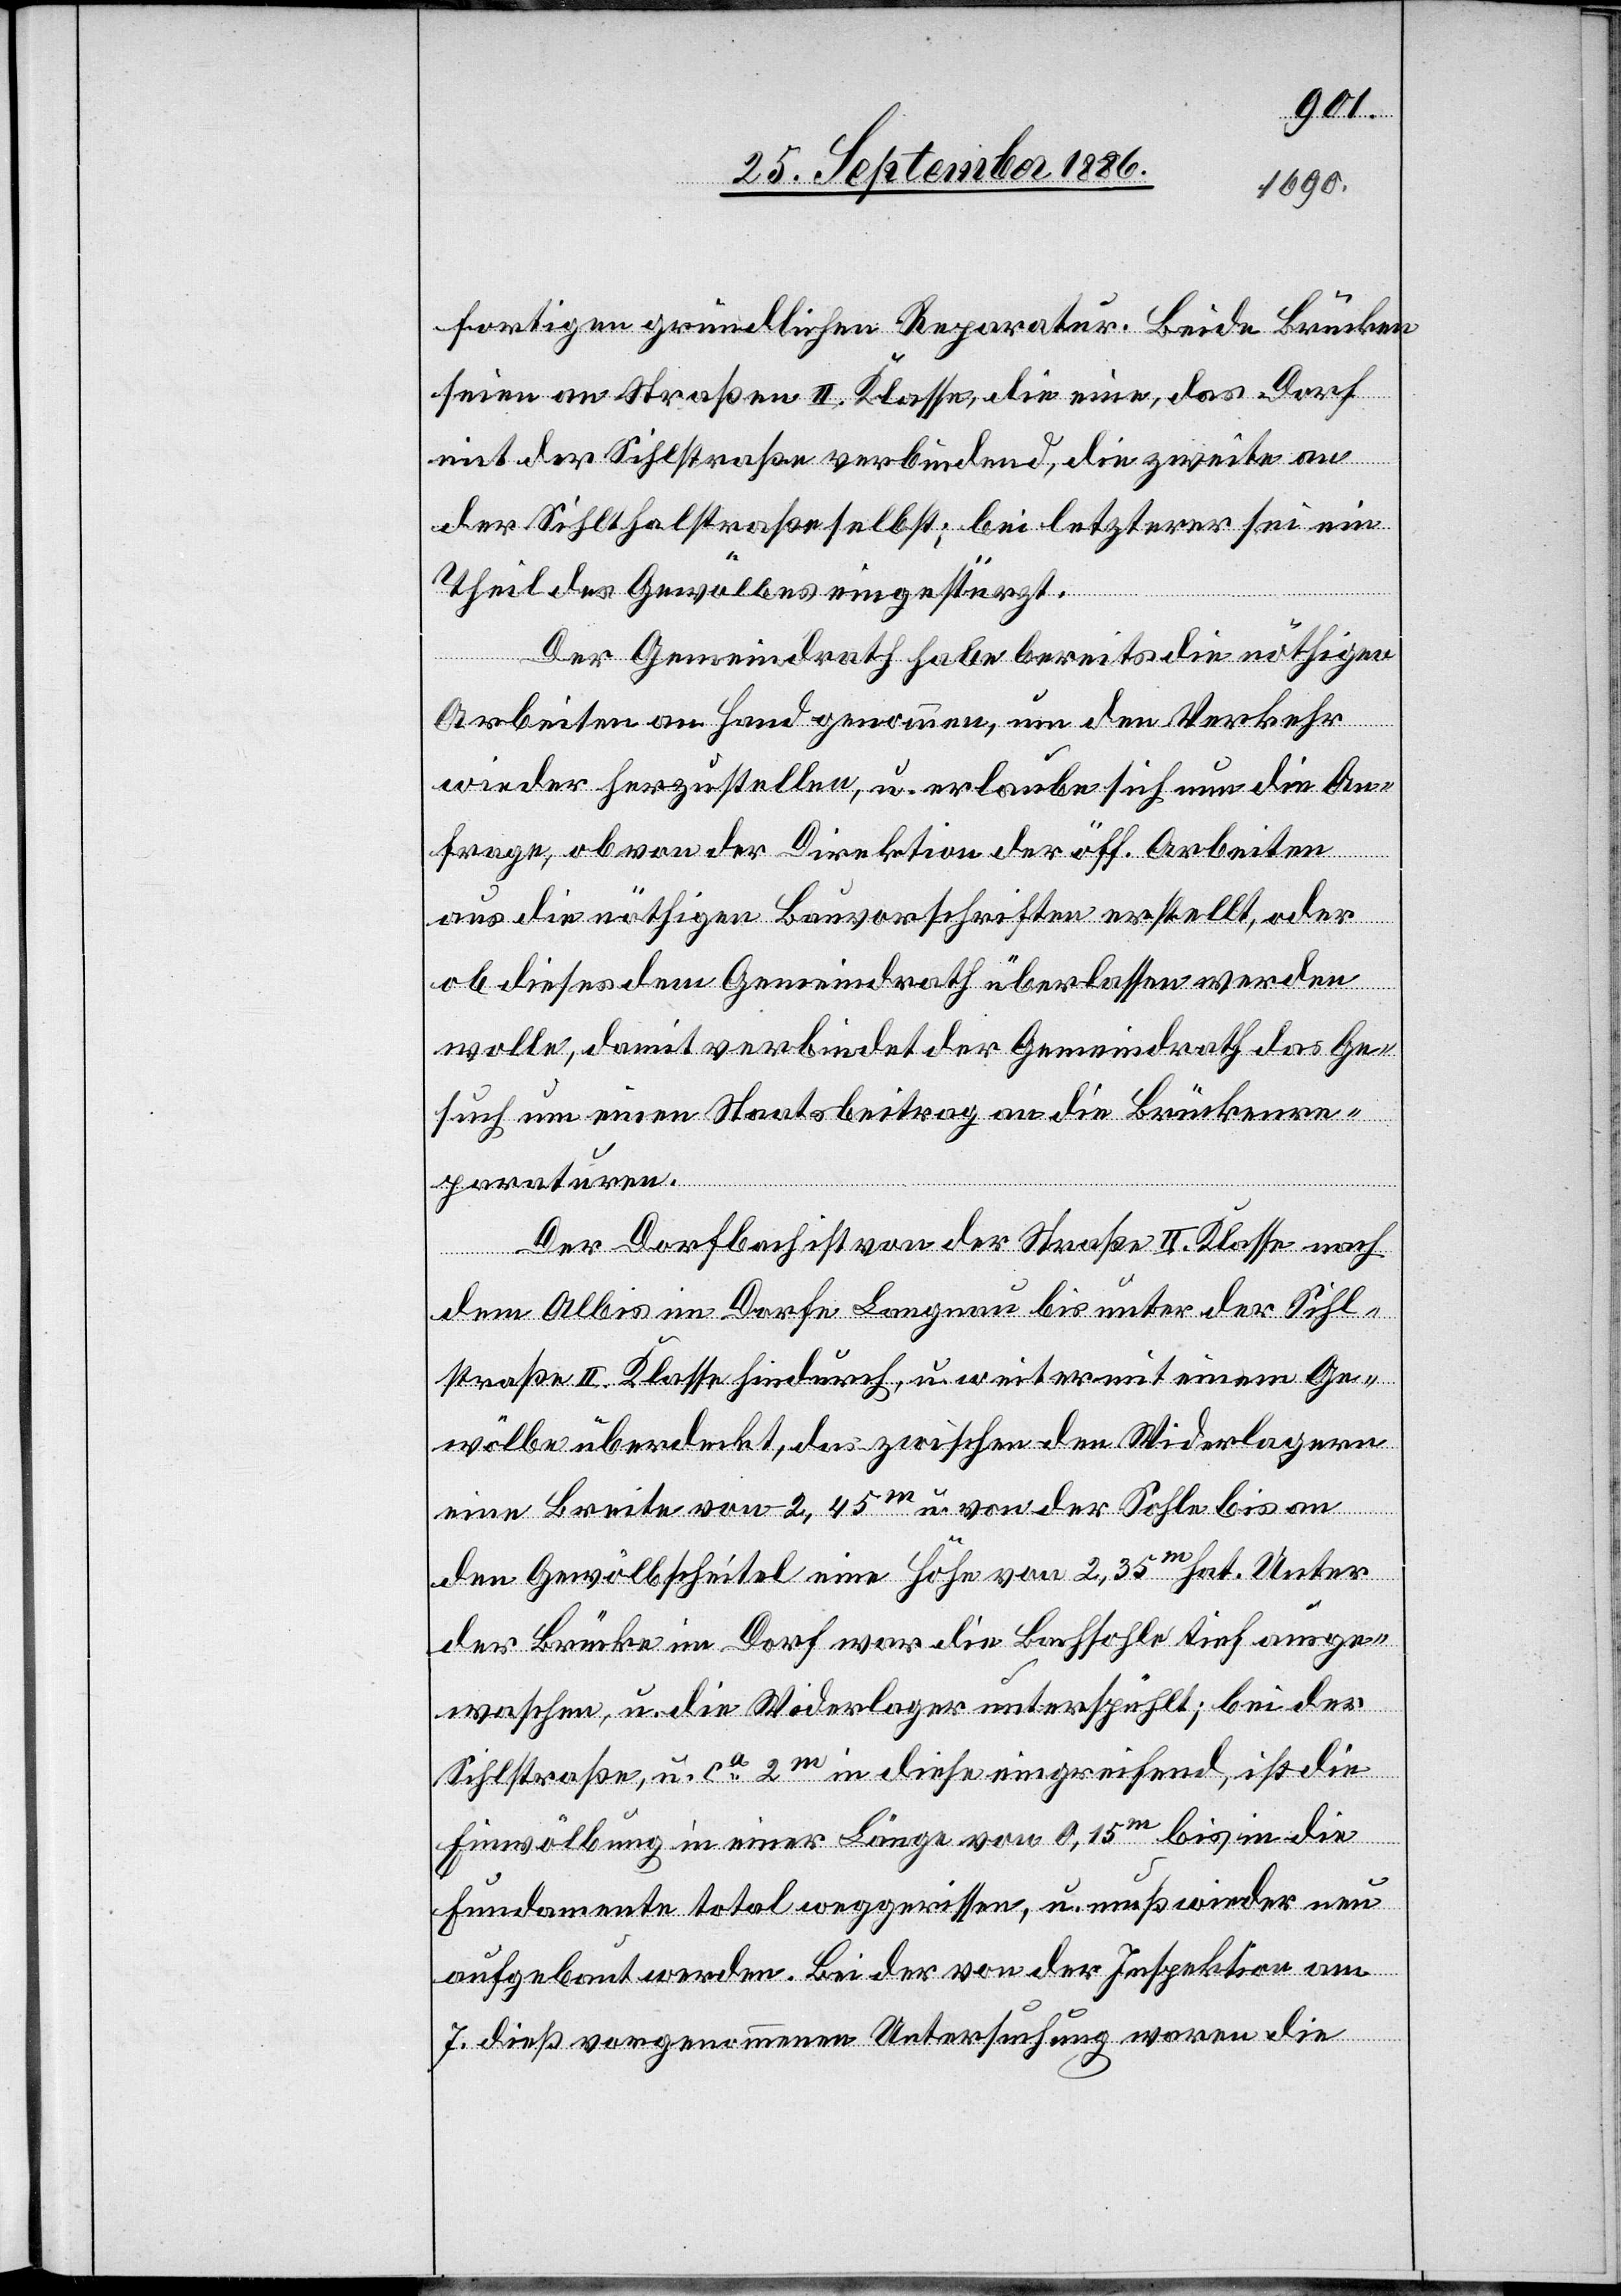
seien an Straßen II. Klasse, die eine, das Dorf
mit der Sihlstraße verbindend, die zweite an
der Sihlthalstraße selbst; bei letzterer sei ein
Theil des Gewölbes eingestürzt.
Der Gemeindrath habe bereits die nöthigen
Arbeiten an Hand genommen, um den Verkehr
wieder herzustellen, u. erlaube sich nun die An¬
frage, ob von der Direktion der öff. Arbeiten
aus die nöthigen Bauvorschriften erstellt, oder
Brücken
ob dieses dem Gemeindrath überlassen werden
wolle, damit verbindet der Gemeindrath das Ge¬
such um einen Staatsbeitrag an die Brückenre¬
paraturen.
Der Dorfbach ist von der Straße II. Klasse nach
dem Albis im Dorfe Langnau bis unter der Sihl¬
straße II. Klasse hindurch, u. weiter mit einem Ge¬
wölbe überdeckt, das zwischen den Widerlagern
eine Breite von 2,45m u. von der Sohle bis an
den Gewölbscheitel eine Höhe von 2,35m hat. Unter
der Brücke im Dorf war die Bachsohle tief ausge¬
waschen, u. die Widerlager unterspühlt; bei der
Sihlstraße, u. ca 2m in diese eingreifend, ist die
Einwölbung in einer Länge 0,15m bis in die
Fundamente total weggerissen, u. muß wieder neu
aufgebaut werden. Bei der von der Inspektion am
7. dieß vorgenommenen Untersuchung waren die